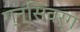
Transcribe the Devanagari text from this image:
ग्न्सिवर्ग